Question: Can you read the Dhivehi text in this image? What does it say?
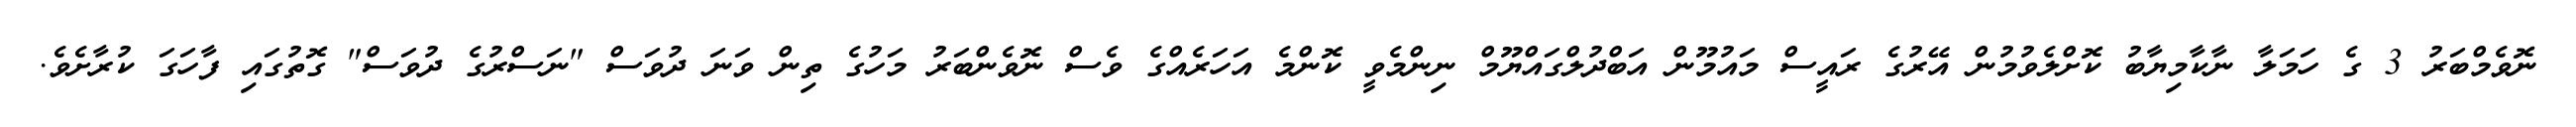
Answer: ނޮވެމްބަރު 3 ގެ ހަމަލާ ނާކާމިޔާބު ކޮށްލެވުމުން އޭރުގެ ރައީސް މައުމޫން އަބްދުލްގައްޔޫމް ނިންމެވީ ކޮންމެ އަހަރެއްގެ ވެސް ނޮވެންބަރު މަހުގެ ތިން ވަނަ ދުވަސް "ނަސްރުގެ ދުވަސް" ގޮތުގައި ފާހަގަ ކުރާށެވެ.